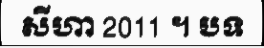
សីហា 2011 ។ បទ